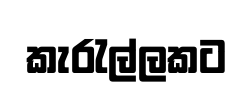
කැරැල්ලකට